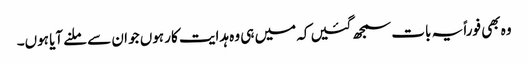
وہ بھی فوراً یہ بات سمجھ گئیں کہ میں ہی وہ ہدایت کار ہوں جو ان سے ملنے آیا ہوں۔